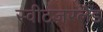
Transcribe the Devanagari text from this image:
स्वीटज़रलैंड